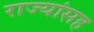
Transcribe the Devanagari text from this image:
राज्यांसह